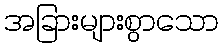
အခြားများစွာသော